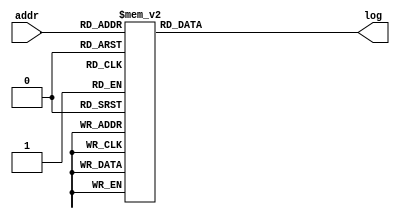
`define SIMULATION_MEMORY
//`define SIMULATION_addfp
`define VECTOR_DEPTH 64 //Q,K,V vector size
`define DATA_WIDTH 16
`define VECTOR_BITS 1024 // 16 bit each (16x64)
`define NUM_WORDS 32   //num of words in the sentence
`define BUF_AWIDTH 4 //16 entries in each buffer ram
`define BUF_LOC_SIZE 4 //4 words in each addr location
`define OUT_RAM_DEPTH 512 //512 entries in output bram
`define EXPONENT 8
`define MANTISSA 7
`define EXPONENT 5
`define MANTISSA 10
`define SIGN 1
`define DWIDTH (`SIGN+`EXPONENT+`MANTISSA)
`define DEFINES_DONE
`define DATAWIDTH (`SIGN+`EXPONENT+`MANTISSA)
`define IEEE_COMPLIANCE 1
`define NUM 4
`define ADDRSIZE 4

module FPLUT1(addr, log);
    input [4:0] addr;
    output reg [15:0] log;

    always @(addr) begin
        case (addr)
			5'b0 		: log = 16'b1111110000000000;
			5'b1 		: log = 16'b1100100011011010;
			5'b10 		: log = 16'b1100100010000001;
			5'b11 		: log = 16'b1100100000101001;
			5'b100 		: log = 16'b1100011110100000;
			5'b101 		: log = 16'b1100011011101110;
			5'b110 		: log = 16'b1100011000111101;
			5'b111 		: log = 16'b1100010110001100;
			5'b1000 		: log = 16'b1100010011011010;
			5'b1001 		: log = 16'b1100010000101001;
			5'b1010 		: log = 16'b1100001011101110;
			5'b1011 		: log = 16'b1100000110001100;
			5'b1100 		: log = 16'b1100000000101001;
			5'b1101 		: log = 16'b1011110110001100;
			5'b1110 		: log = 16'b1011100110001100;
			5'b1111 		: log = 16'b0000000000000000;
			5'b10000 		: log = 16'b0011100110001100;
			5'b10001 		: log = 16'b0011110110001100;
			5'b10010 		: log = 16'b0100000000101001;
			5'b10011 		: log = 16'b0100000110001100;
			5'b10100 		: log = 16'b0100001011101110;
			5'b10101 		: log = 16'b0100010000101001;
			5'b10110 		: log = 16'b0100010011011010;
			5'b10111 		: log = 16'b0100010110001100;
			5'b11000 		: log = 16'b0100011000111101;
			5'b11001 		: log = 16'b0100011011101110;
			5'b11010 		: log = 16'b0100011110100000;
			5'b11011 		: log = 16'b0100100000101001;
			5'b11100 		: log = 16'b0100100010000001;
			5'b11101 		: log = 16'b0100100011011010;
			5'b11110 		: log = 16'b0100100100110011;
			5'b11111 		: log = 16'b0111110000000000;
        endcase
    end
endmodule